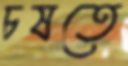
চষতে